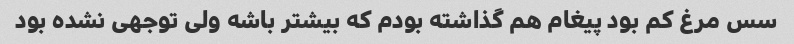
سس مرغ کم بود پیغام هم گذاشته بودم که بیشتر باشه ولی توجهی نشده بود